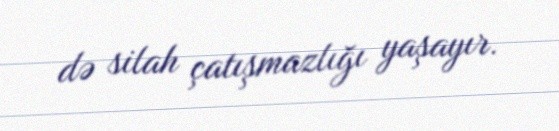
də silah çatışmazlığı yaşayır.